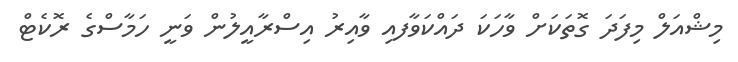
މިޝްއަލް މިފަދަ ގޮތަކަށް ވާހަކަ ދައްކަވާފއި ވާއިރު އިސްރާއީލުން ވަނީ ހަމާސްގެ ރޮކެޓް